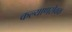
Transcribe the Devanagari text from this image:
कल्याणसेवक